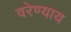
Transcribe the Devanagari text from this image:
वरेण्याय